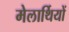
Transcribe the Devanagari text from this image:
मेलार्थियों